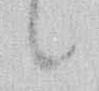
候